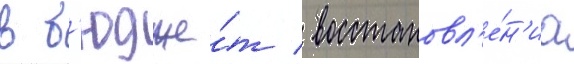
в б'юдже́т / восстановл'е́н'иа